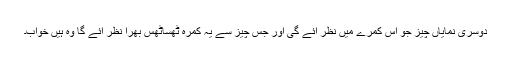
دوسری نمایاں چیز جو اس کمرے میں نظر آئے گی اور جس چیز سے یہ کمرہ ٹھساٹھس بھرا نظر آئے گا وہ ہیں خواب۔